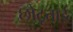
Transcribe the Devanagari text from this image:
छोटूताई